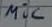
Text: Mic